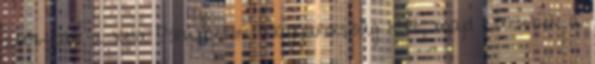
2003-ban a Xella Pórusbeton Magyarország Kft, majd 2005-ben a